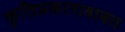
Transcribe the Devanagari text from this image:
कृतिप्रकाराबाबत